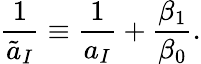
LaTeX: {\frac{1}{\tilde{a}_{I}}}\equiv{\frac{1}{a_{I}}}+{\frac{\beta_{1}}{\beta_{0}}}.